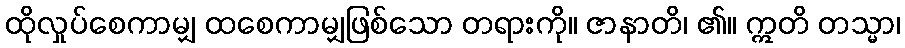
ထိုလှုပ်စေကာမျှ ထစေကာမျှဖြစ်သော တရားကို။ ဇာနာတိ၊ ၏။ ဣတိ တသ္မာ၊